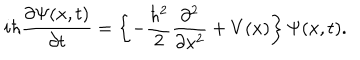
i \hbar \frac { \partial \Psi ( x , t ) } { \partial t } = \left\{ - \frac { \hbar ^ { 2 } } { 2 } \frac { \partial ^ { 2 } } { \partial x ^ { 2 } } + V ( x ) \right\} \Psi ( x , t ) .